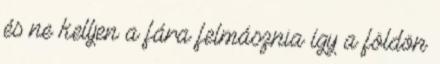
és ne kelljen a fára felmásznia így a földön